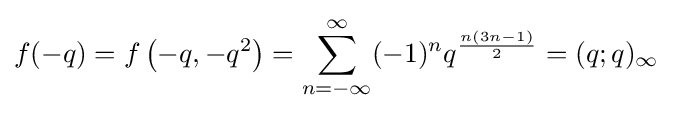
f(-q)=f\left(-q,-q^{2}\right)=\sum _{n=-\infty }^{\infty }(-1)^{n}q^{\frac {n(3n-1)}{2}}=(q;q)_{\infty }